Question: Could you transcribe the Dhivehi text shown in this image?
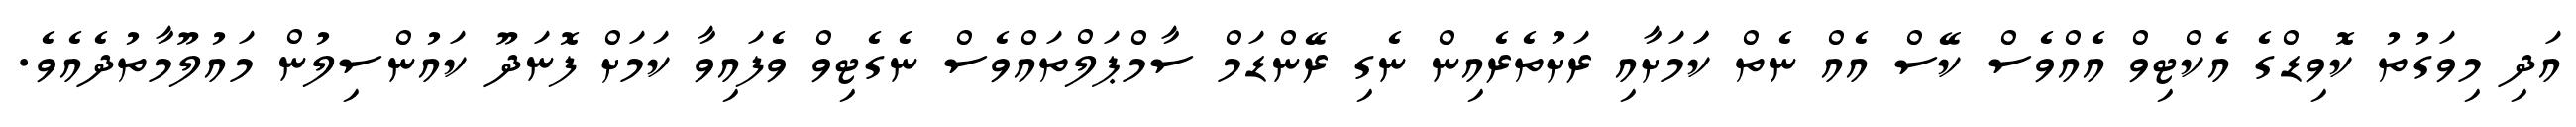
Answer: އަދި މިވަގުތު ކޮވިޑްގެ އެކްޓިވް އެއްވެސް ކޭސް އެއް ނެތް ކަަމަށާއި ރަށުތެރެއިން ނެގި ރޭންޑަމް ސާމްޕަލްތައްވެސް ނެގެޓިވް ވެފައިވާ ކަމަށް ފޮނަދޫ ކައުންސިލުން މައުލޫމާތުދެއެވެ.